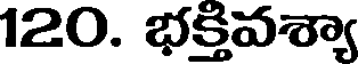
120. భక్తివశ్యా